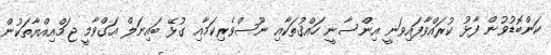
ކަންބޮޑުވުން ފާޅު ކުރައްވާފައިވަނީ އިންސާނީ ހައްޤުތަކާއި ނޫސްވެރިކަމާއި ގުޅޭ ބައިނަލް އަގްވާމީ ޖަމްއިއްޔާތަކުން